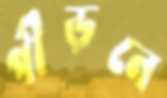
পীড়নে